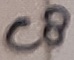
Text: C8